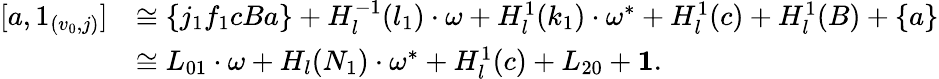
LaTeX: \begin{array}{rl}{[a,1_{(v_{0},j)}]}&{\cong\{ j_{1}f_{1}cBa\} +H_{l}^{-1}(l_{1})\cdot\omega+H_{l}^{1}(k_{1})\cdot\omega^{*}+H_{l}^{1}(c)+H_{l}^{1}(B)+\{ a\} }\\ &{\cong L_{01}\cdot\omega+H_{l}(N_{1})\cdot\omega^{*}+H_{l}^{1}(c)+L_{20}+\mathbf 1.}\end{array}